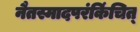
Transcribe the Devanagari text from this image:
नैतस्मादपरंकिंचित्